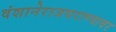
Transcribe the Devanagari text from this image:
वंशानेराजघराण्यावर